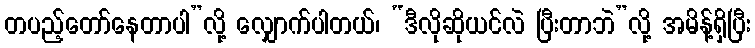
တပည့်တော်နေတာပါ”လို့ လျှောက်ပါတယ်၊ “ဒီလိုဆိုယင်လဲ ပြီးတာဘဲ”လို့ အမိန့်ရှိပြီး